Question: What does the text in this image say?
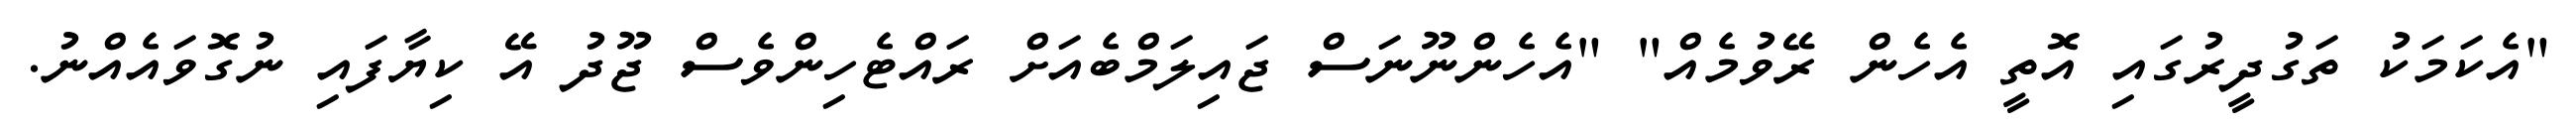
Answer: "އެކަމަކު ތަގުދީރުގައި އޮތީ އެހެން ރޭވުމެއް" "އެހެންނޫނަސް ޖައިލަމްބެއަށް ރައްޓެހިންވެސް ޖޫދު އޭ ކިޔާފައި ނުގޮވައެއްނު.